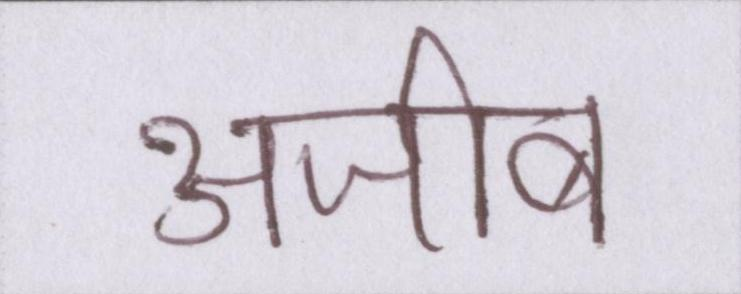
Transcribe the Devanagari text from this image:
अजीब